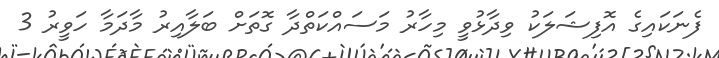
ފެނަކައިގެ އޮފިޝަލަކު ވިދާޅުވީ މިހާރު މަސައްކަތްދާ ގޮތަށް ބަލާއިރު މާދަމާ ހަވީރު 3